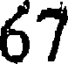
67